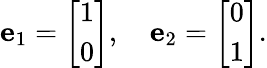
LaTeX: {\mathbf{e}}_{1}={\left[\begin{array}{l}{1}\\ {0}\end{array}\right]},\quad{\mathbf{e}}_{2}={\left[\begin{array}{l}{0}\\ {1}\end{array}\right]}.